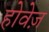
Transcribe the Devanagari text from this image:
होवेज़